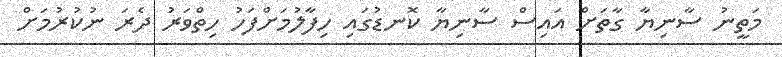
މަތީނު ސާނިޔާ ގާތަށް އައިސް ސާނިޔާ ކޮނޑުގައި ހިފާލުމަށްފަހު ހިތްވަރު ދެރަ ނުކުރުމަށް